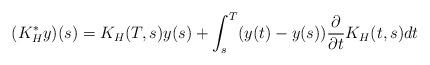
LaTeX: \begin{align*}(K_H^*y)(s)=K_H(T,s)y(s)+\int_s^T(y(t)-y(s))\frac{\partial}{\partial t}K_H(t,s)dt\end{align*}